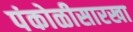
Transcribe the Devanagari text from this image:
पंकोळीसारखा